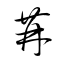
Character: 苒